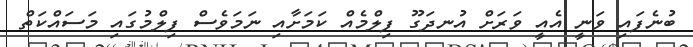
ބުނެފައި ވަނީ އެއީ ވަރަށް އުނދަގޫ ފިލްމެއް ކަމަށާއި ނަމަވެސް ފިލްމުގައި މަސައްކަތް